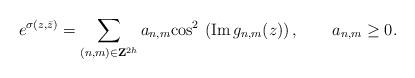
LaTeX: \begin{align*}e^{\sigma(z,\bar z)}=\sum_{({n,m})\in {\bf Z}^{2h}} a_{n,m}{\rm cos}^2\,\left( {\rm Im}\, g_{n,m}(z)\right), \qquad a_{n,m}\ge 0.\end{align*}